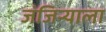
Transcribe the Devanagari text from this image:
जंजिर्‍याला